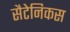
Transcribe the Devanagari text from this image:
सैटेनिकस